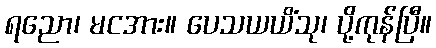
ရညော၊ မငအား။ ပေသယယိံသု၊ ပို့ကုန်ပြီ။